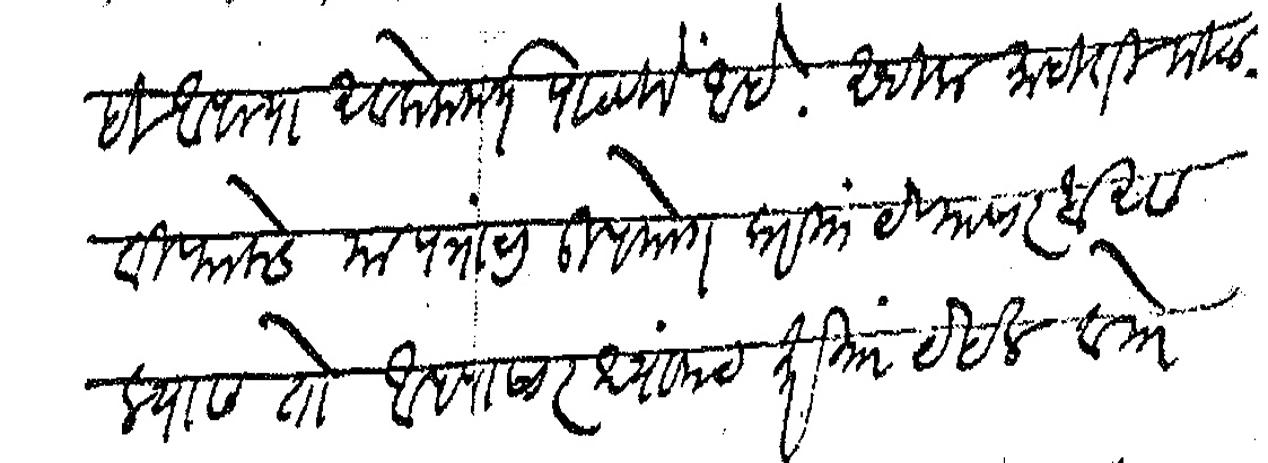
Transliteration (Devanagari): ही आपल्या अवलोकनार्थ पाठविले आहे अधिक माहिती मिळविण्याकडे यापत्राचा उपयोग करितायेण्यासारखा असल्यास तो आपणासारख्यांनाच करिता येईल व तो